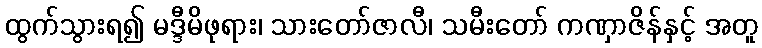
ထွက်သွားရ၍ မဒ္ဒီမိဖုရား၊ သားတော်ဇာလီ၊ သမီးတော် ကဏှာဇိန်နှင့် အတူ